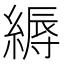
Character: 縟